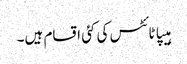
ہیپاٹائٹس کی کئی اقسام ہیں۔